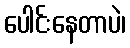
ပေါင်းနေတာပဲ၊